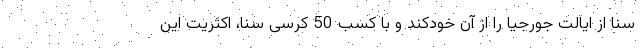
سنا از ایالت جورجیا را از آن خودکند و با کسب 50 کرسی سنا، اکثریت این